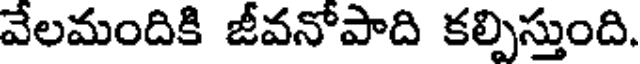
వేలమందికి జీవనోపాది కల్పిస్తుంది.